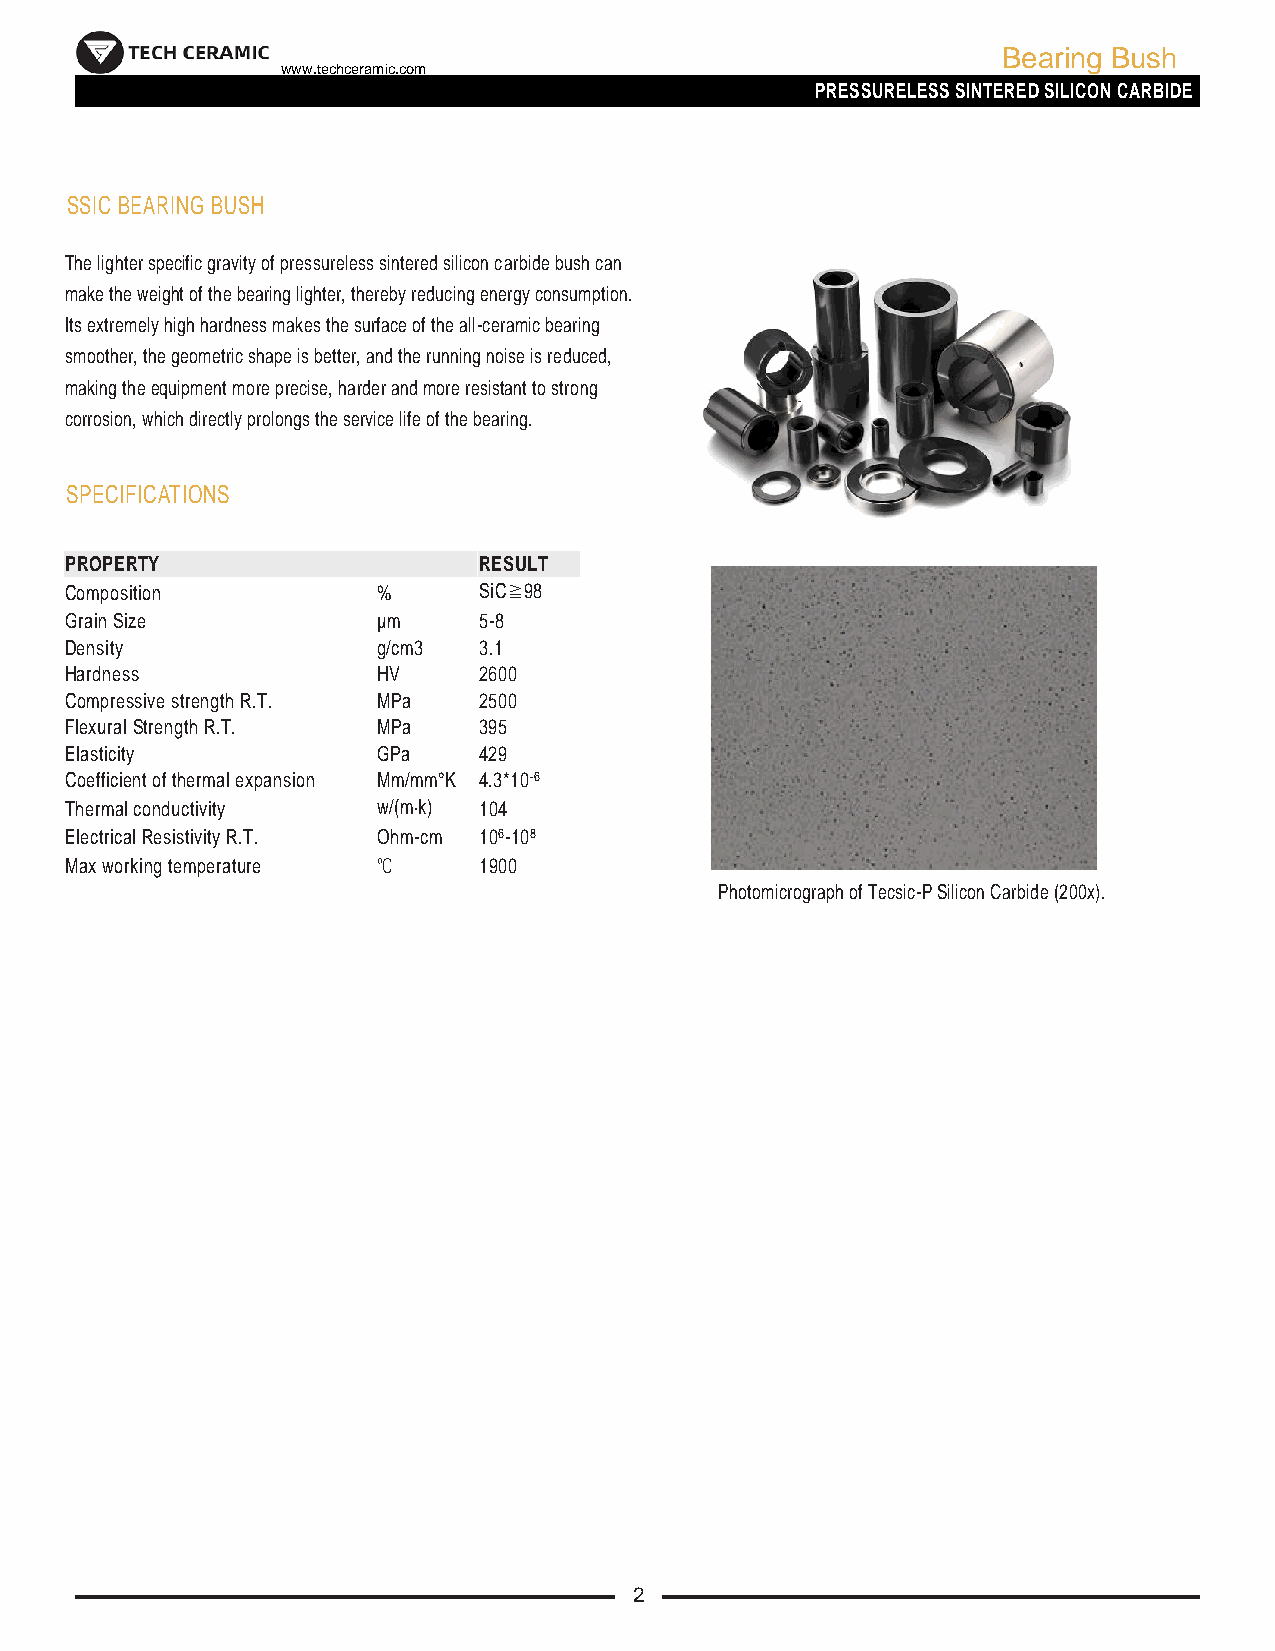
Bearing Bush
 www.techceramic.com
 PRESSURELESS SINTERED SILICON CARBIDE
 SSIC BEARING BUSH
 The lighter specific gravity of pressureless sintered silicon carbide bush can
 make the weight of the bearing lighter, thereby reducing energy consumption.
 Its extremely high hardness makes the surface of the all-ceramic bearing
 smoother, the geometric shape is better, and the running noise is reduced,
 making the equipment more precise, harder and more resistant to strong
 corrosion, which directly prolongs the service life of the bearing.
 SPECIFICATIONS
 PROPERTY                    RESULT
 Composition          %      SiC≧98
 Grain Size           µm     5-8
 Density              g/cm3  3.1
 Hardness             HV     2600
 Compressive strength R.T. MPa 2500
 Flexural Strength R.T. MPa  395
 Elasticity           GPa    429
 Coefficient of thermal expansion Mm/mm°K 4.3*10-6
 Thermal conductivity w/(m·k) 104
 Electrical Resistivity R.T. Ohm-cm 106-108
 Max working temperature ℃   1900
 Photomicrograph of Tecsic-P Silicon Carbide (200x).
 2